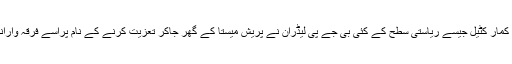
شوبھا کرندلاجے، اننت کمار ہیگڈے ، نلین کمار کٹیل جیسے ریاستی سطح کے کئی بی جے پی لیڈران نے پریش میستا کے گھر جاکر تعزیت کرنے کے نام پراسے فرقہ وارانہ قتل ظاہر کرنے میں اپنا کردار اداکیا ہے۔